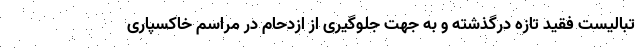
تبالیست فقید تازه درگذشته و به جهت جلوگیری از ازدحام در مراسم خاکسپاری